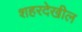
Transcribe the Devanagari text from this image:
शहरदेखील